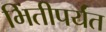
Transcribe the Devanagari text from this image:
भिंतीपर्यंत